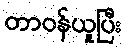
တာဝန်ယူပြီး